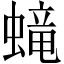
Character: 𧏵